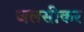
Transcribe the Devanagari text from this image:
जलसीकर